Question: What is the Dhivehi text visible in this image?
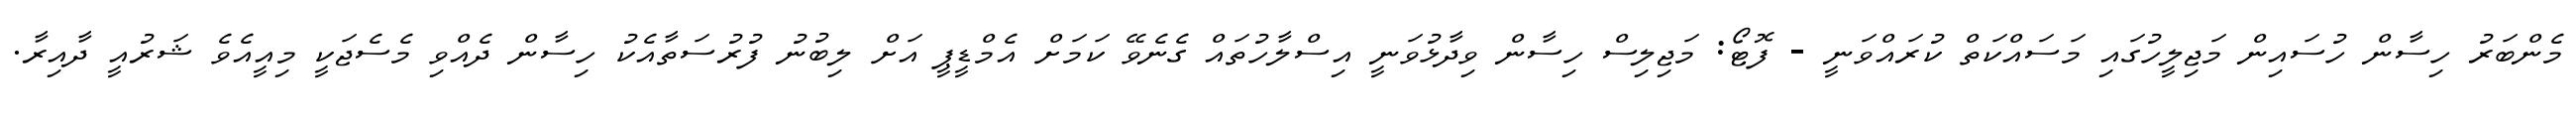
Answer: މެންބަރު ހިސާން ހުސައިން މަޖިލީހުގައި މަސައްކަތް ކުރައްވަނީ - ފޮޓޯ: މަޖިލިސް ހިސާން ވިދާޅުވަނީ އިސްލާހުތައް ގެނެވޭ ކަމަށް އެމްޑީޕީ އަށް ލިބުނު ފުރުސަތާއެކު ހިސާން ދެއްވި މެސެޖަކީ މިއީއެވެ ޝަރުއީ ދާއިރާ.